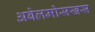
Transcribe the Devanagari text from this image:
अबेलमोसखस